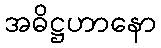
အဓိဋ္ဌဟာနော